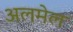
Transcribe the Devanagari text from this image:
अलमेल